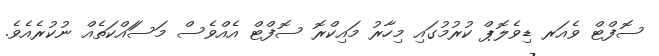
ސޮފްޓް ވެއަރ ޑިވެލޮޕް ކުރުމުގައި މިހާރު މައިކްރޮ ސޮފްޓް އެއްވެސް މަސަައްކަތެއް ނުކުރެއެވެ.